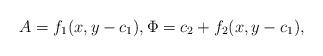
LaTeX: \begin{align*}A=f_1(x,y-c_1),\Phi=c_2 + f_2(x,y-c_1), \end{align*}